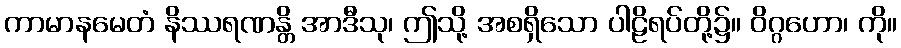
ကာမာနမေတံ နိဿရဏန္တိ အာဒီသု၊ ဤသို့ အစရှိသော ပါဠိရပ်တို့၌။ ဝိဂ္ဂဟော၊ ကို။